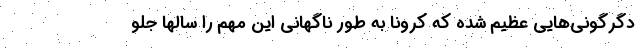
دگرگونی‌هایی عظیم شده که کرونا به طور ناگهانی این مهم را سالها جلو